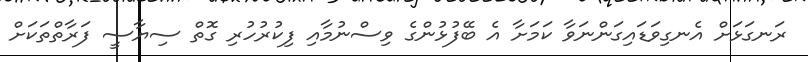
ރަނގަޅަށް އެނގިވަޑައިގަންނަވާ ކަމަށާ އެ ބޭފުޅުންގެ ވިސްނުމާއި ފިކުރުހުރި ގޮތް ސިޔާސީ ފަރާތްތަކަށް